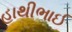
હાથીભાઈ